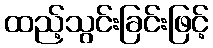
ထည့်သွင်းခြင်းဖြင့်